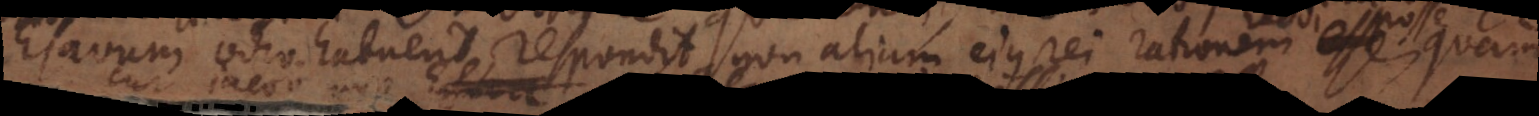
Esavum odio habuerit, respondit non aliam ejus rei rationem esse,